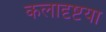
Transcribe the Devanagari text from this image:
कलादृष्टया